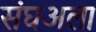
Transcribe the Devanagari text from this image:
संघअला